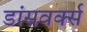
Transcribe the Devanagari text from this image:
डांसवर्क्स